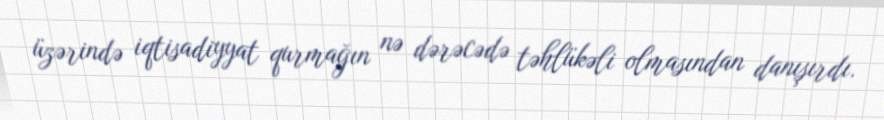
üzərində iqtisadiyyat qurmağın nə dərəcədə təhlükəli olmasından danışırdı.